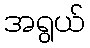
အရွယ်